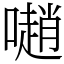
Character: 𡁻